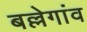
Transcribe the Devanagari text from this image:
बल्लेगांव